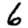
Digit: 6